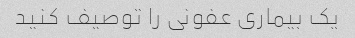
یک بیماری عفونی را توصیف کنید